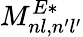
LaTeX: M_{nl,n^{\prime}l^{\prime}}^{E*}